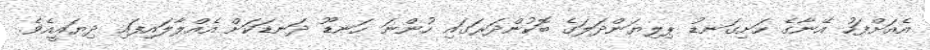
އެއަށްފަހު އޭނާގެ ހަށިގަނޑު ޕިލިޔަންދަލަގެ ބޮކުންދަރަގައި ހުންނަ ހަނޑޫ ދަނޑަކަށް އެއްލާލައިފައި ދިޔައީއެވެ.